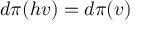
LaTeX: d \pi ( h v ) = d \pi ( v )